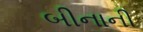
બીનાની